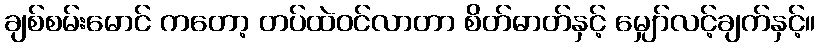
ချစ်စမ်းမောင် ကတော့ တပ်ထဲဝင်လာတာ စိတ်ဓာတ်နှင့် မျှော်လင့်ချက်နှင့်။